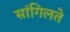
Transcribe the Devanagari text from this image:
सांगिलते